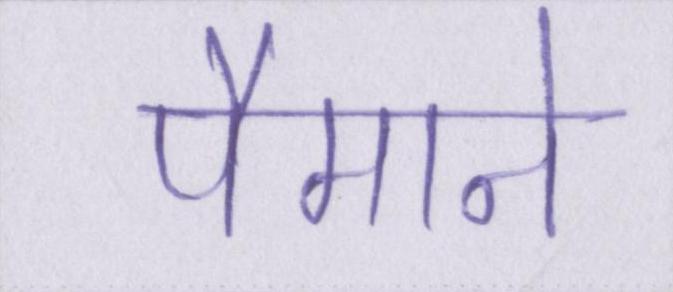
पैमाने